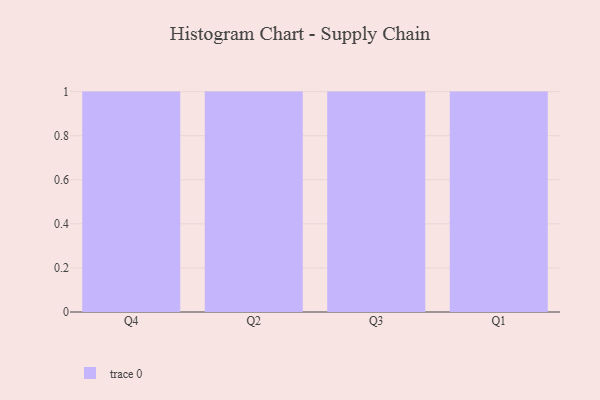
{"axis": {"x": "Quarter", "y": "Bounce Rate (%)"}, "legend": [""], "data": [{"x": "Q4", "y": 91, "type": ""}, {"x": "Q2", "y": 38, "type": ""}, {"x": "Q3", "y": 80, "type": ""}, {"x": "Q1", "y": 42, "type": ""}]}